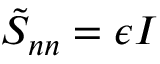
\boldsymbol { \tilde { S } _ { n n } } = \epsilon \boldsymbol { I }